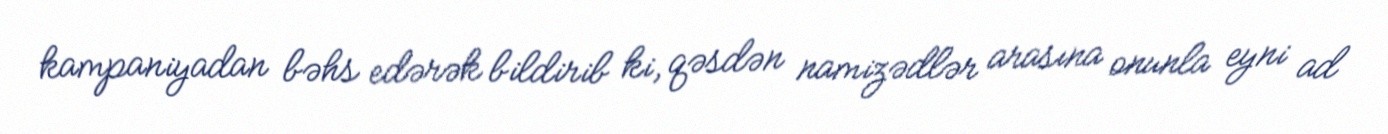
kampaniyadan bəhs edərək bildirib ki, qəsdən namizədlər arasına onunla eyni ad